Vaccination in Bombay 1856-1862 - 1856-1862
Year: 1856
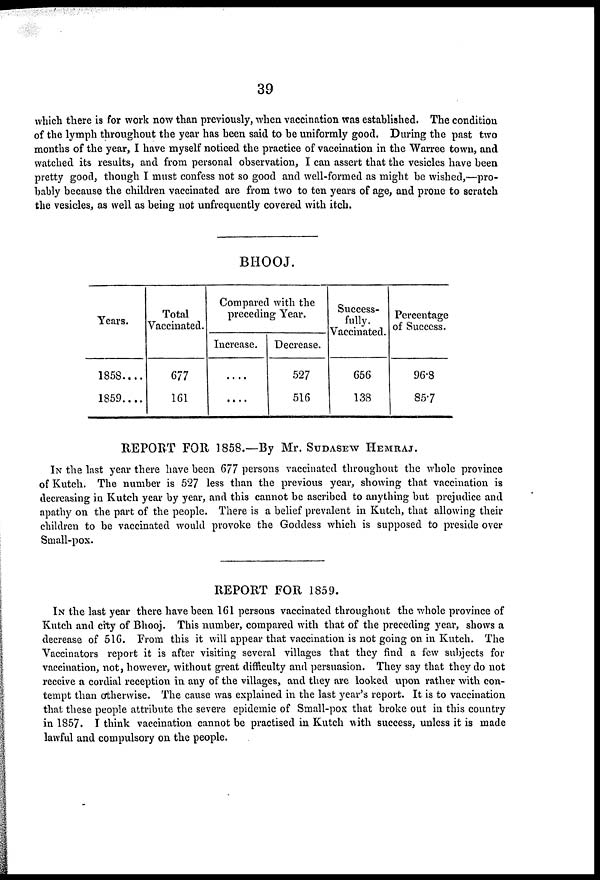
39
which there is for work now than previously, when vaccination was established. The condition
of the lymph throughout the year has been said to be uniformly good. During the past two
months of the year, I have myself noticed the practice of vaccination in the Warree town, and
watched its results, and from personal observation, I can assert that the vesicles have been
pretty good, though I must confess not so good and well-formed as might be wished,—pro-
bably because the children vaccinated are from two to ten years of age, and prone to scratch
the vesicles, as well as being not unfrequently covered with itch.
BHOOJ.
Years.
1858....
1859....
Total
Vaccinated.
677
161
Compared with the
preceding Year.
Increase.
....
....
Decrease.
527
516
Success-
fully.
Vaccinated.
656
138
Percentage
of Success.
96.8
85.7
REPORT FOR 1858.—By Mr. SUDASEW HEMRAJ.
IN the last year there have been 677 persons vaccinated throughout the whole province
of Kutch. The number is 527 less than the previous year, showing that vaccination is
decreasing in Kutch year by year, and this cannot be ascribed to anything but prejudice and
apathy on the part of the people. There is a belief prevalent in Kutch, that allowing their
children to be vaccinated would provoke the Goddess which is supposed to preside over
Small-pox.
REPORT FOR 1859.
IN the last year there have been 161 persons vaccinated throughout the whole province of
Kutch and city of Bhooj. This number, compared with that of the preceding year, shows a
decrease of 516. From this it will appear that vaccination is not going on in Kutch. The
Vaccinators report it is after visiting several villages that they find a few subjects for
vaccination, not, however, without great difficulty and persuasion. They say that they do not
receive a cordial reception in any of the villages, and they are looked upon rather with con-
tempt than otherwise. The cause was explained in the last year's report. It is to vaccination
that these people attribute the severe epidemic of Small-pox that broke out in this country
in 1857. I think vaccination cannot be practised in Kutch with success, unless it is made
lawful and compulsory on the people.